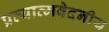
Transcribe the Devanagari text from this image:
प्रत्यात्मवेदनीय